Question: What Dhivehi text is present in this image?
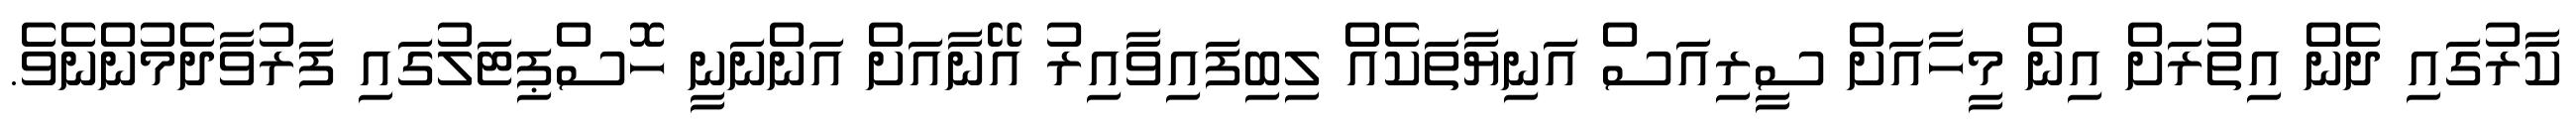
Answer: ކާރުގައި ދެން އިތުރަށް އިން މީހާއަށް ސީރިއަސް އަނިޔާތަކެއް ލިބިފައިވާއިރު އޭނާއަށް އަންނަނީ ހޮސްޕިޓަލުގައި ފަރުވާދެމުންނެވެ.